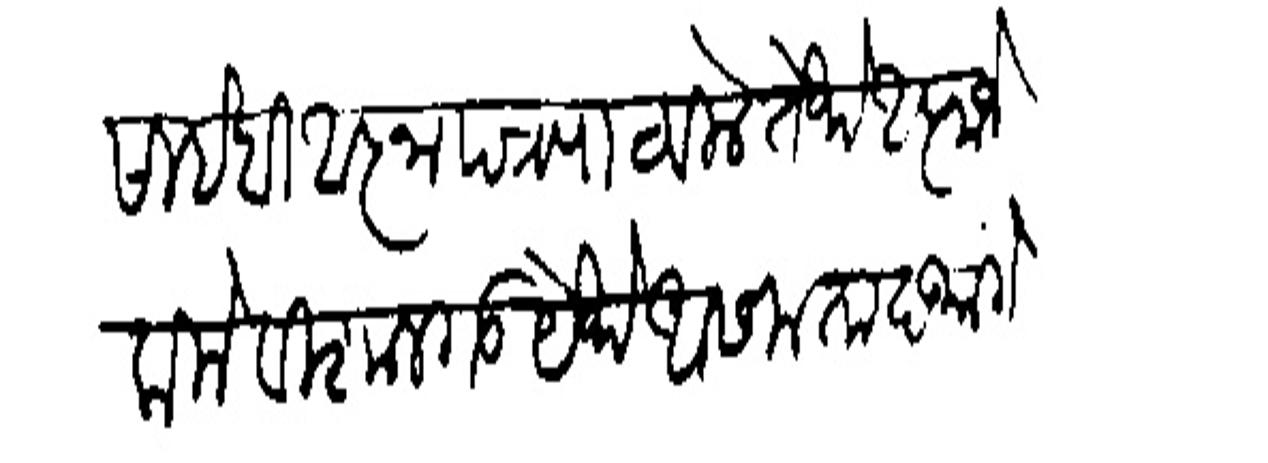
Transliteration (Devanagari): साहेबी आज्ञापत्र पाठविले तेये आना जेकिले विशालगड येथे आसमंतादभांगे